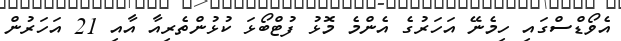
އެވޯޑްސްގައި ހިމެނޭ އަހަރުގެ އެންމެ މޮޅު ފުޓްބޯޅަ ކުޅުންތެރިއާ އާއި 21 އަހަރުން